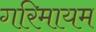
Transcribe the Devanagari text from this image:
गरिमायम